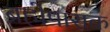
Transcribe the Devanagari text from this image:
ब्रह्मेपासक